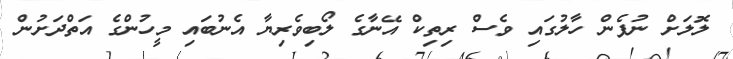
ލޮލަށް ނުފެން ހާލުގައި ވެސް ރިތިކް އޭނާގެ ލޯބިވެރިޔާ އެނުބައި މީހުންގެ އަތްދަށުން